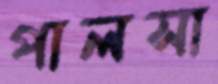
পালসা